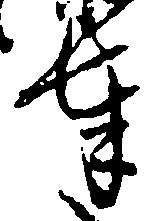
輩